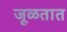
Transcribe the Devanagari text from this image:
जूळतात